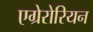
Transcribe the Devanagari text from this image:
एग्रेरोरियन